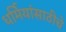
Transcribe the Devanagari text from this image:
धर्मियांसाठीचे